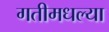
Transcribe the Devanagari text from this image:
गतीमधल्या